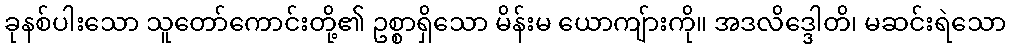
ခုနစ်ပါးသော သူတော်ကောင်းတို့၏ ဥစ္စာရှိသော မိန်းမ ယောကျ်ားကို။ အဒလိဒ္ဒေါတိ၊ မဆင်းရဲသော